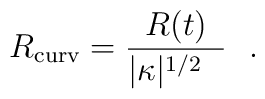
{      R_{\rm curv}={R(t)\over |\kappa|^{1/2}\  \  }   }	\ \ .